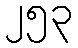
၂၅၃